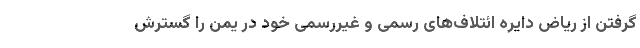
گرفتن از ریاض دایره ائتلاف‌های رسمی و غیررسمی خود در یمن را گسترش